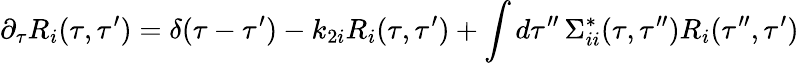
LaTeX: {}\partial_{\tau}R_{i}(\tau,\tau^{\prime})=\delta(\tau-\tau^{\prime})-k_{2i}R_{i}(\tau,\tau^{\prime})+\int d\tau^{\prime\prime}\, \Sigma_{ii}^{*}(\tau,\tau^{\prime\prime})R_{i}(\tau^{\prime\prime},\tau^{\prime})